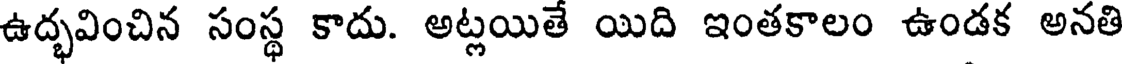
ఉద్భవించిన సంస్థ కాదు. అట్లయితే యిది ఇంతకాలం ఉండక అనతి